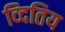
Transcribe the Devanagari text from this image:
व्दितिय